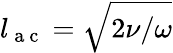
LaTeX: l_{\mathrm{~a~c~}}=\sqrt{2\nu/\omega}